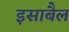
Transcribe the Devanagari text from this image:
इसाबैल